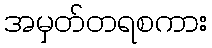
အမှတ်တရစကား